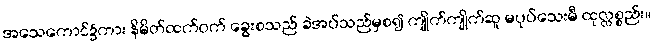
အသေကောင်၌ကား နိမိတ်ထက်ဝက် ခွေးစသည် ခဲအပ်သည်မှစ၍ ကျိုက်ကျိုက်ဆူ မပုပ်သေးမီ ထုလ္လစ္စည်း။